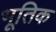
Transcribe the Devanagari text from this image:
भूतिक